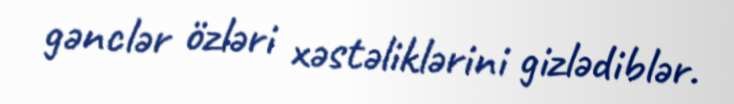
gənclər özləri xəstəliklərini gizlədiblər.